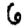
Digit: 6